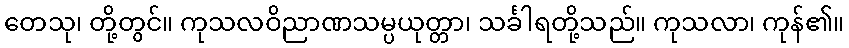
တေသု၊ တို့တွင်။ ကုသလဝိညာဏသမ္ပယုတ္တာ၊ သင်္ခါရတို့သည်။ ကုသလာ၊ ကုန်၏။